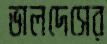
ভালদেসের